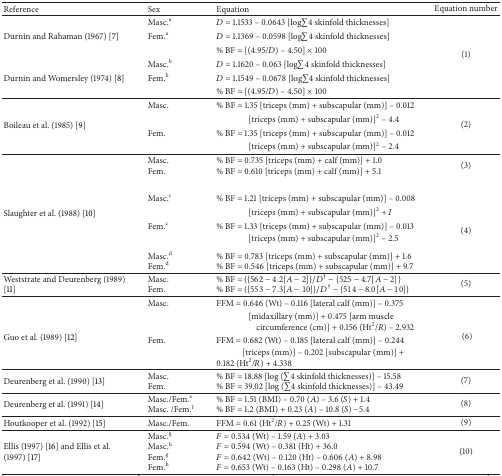
<table><thead><tr><td><b>Reference</b></td><td><b>Sex</b></td><td><b>Equation</b></td><td><b>Equation number</b></td></tr></thead><tbody><tr><td> </td><td>Masc.<sup>a</sup> </td><td><i>D</i> = 1.1533 – 0.0643 [log<i>∑</i>4 skinfold thicknesses]</td><td> </td></tr><tr><td>Durnin and Rahaman (1967) [7]</td><td>Fem.<sup>a</sup></td><td><i>D</i> = 1.1369 – 0.0598 [log<i>∑</i>4 skinfold thicknesses]</td><td> </td></tr><tr><td> </td><td> </td><td>% BF = [(4.95/<i>D</i>) – 4.50] × 100</td><td rowspan="2">(1)</td></tr><tr><td> </td><td>Masc.<sup>b</sup> </td><td><i>D</i> = 1.1620 – 0.063 [log<i>∑</i>4 skinfold thicknesses]</td></tr><tr><td>Durnin and Womersley (1974) [8]</td><td>Fem.<sup>b</sup></td><td><i>D</i> = 1.1549 – 0.0678 [log<i>∑</i>4 skinfold thicknesses]</td><td> </td></tr><tr><td> </td><td> </td><td>% BF = [(4.95/<i>D</i>) – 4.50] × 100</td><td> </td></tr><tr><td> </td><td>Masc.</td><td>% BF = 1.35 [triceps (mm) + subscapular (mm)] – 0.012 </td><td> </td></tr><tr><td rowspan="2">Boileau et al. (1985) [9]</td><td> </td><td>[triceps (mm) + subscapular (mm)]<sup>2</sup> – 4.4</td><td rowspan="2">(2)</td></tr><tr><td>Fem.</td><td>% BF = 1.35 [triceps (mm) + subscapular (mm)] – 0.012 </td></tr><tr><td> </td><td> </td><td>[triceps (mm) + subscapular (mm)]<sup>2</sup> – 2.4</td><td> </td></tr><tr><td> </td><td>Masc.Fem.</td><td>% BF = 0.735 [triceps (mm) + calf (mm)] + 1.0% BF = 0.610 [triceps (mm) + calf (mm)] + 5.1</td><td>(3)</td></tr><tr><td> </td><td>Masc.<sup>c</sup></td><td>% BF = 1.21 [triceps (mm) + subscapular (mm)] – 0.008 </td><td> </td></tr><tr><td rowspan="2">Slaughter et al. (1988) [10]</td><td> </td><td>[triceps (mm) + subscapular (mm)]<sup>2</sup> + <i>I</i></td><td> </td></tr><tr><td>Fem.<sup>c</sup></td><td>% BF = 1.33 [triceps (mm) + subscapular (mm)] – 0.013 </td><td rowspan="2">(4)</td></tr><tr><td> </td><td> </td><td>[triceps (mm) + subscapular (mm)]<sup>2</sup> – 2.5</td></tr><tr><td> </td><td>Masc.<sup>d</sup> Fem.<sup>d</sup></td><td>% BF = 0.783 [triceps (mm) + subscapular (mm)] + 1.6% BF = 0.546 [triceps (mm) + subscapular (mm)] + 9.7</td><td> </td></tr><tr><td>Weststrate and Deurenberg (1989) [11]</td><td>Masc.Fem.</td><td>% BF = ({562 − 4.2[<i>A</i> − 2]}/<i>D</i><sup>†</sup> − {525 − 4.7[<i>A</i> − 2]}% BF = ({553 − 7.3[<i>A</i> − 10]}/<i>D</i><sup>†</sup> − {514 − 8.0[<i>A</i> − 10]}</td><td>(5)</td></tr><tr><td> </td><td>Masc.</td><td>FFM = 0.646 (Wt) – 0.116 [lateral calf (mm)] – 0.375 </td><td> </td></tr><tr><td rowspan="2">Guo et al. (1989) [12]</td><td> </td><td>[midaxillary (mm)] + 0.475 [arm musclecircumference (cm)] + 0.156 (Ht<sup>2</sup>/<i>R</i>) – 2.932</td><td rowspan="2">(6)</td></tr><tr><td>Fem.</td><td>FFM = 0.682 (Wt) – 0.185 [lateral calf (mm)] – 0.244 </td></tr><tr><td> </td><td> </td><td>[triceps (mm)] – 0.202 [subscapular (mm)] + 0.182 (Ht<sup>2</sup>/<i>R</i>) + 4.338</td><td> </td></tr><tr><td>Deurenberg et al. (1990) [13]</td><td>Masc.Fem.</td><td>% BF = 18.88 [log (<i>∑</i>4 skinfold thicknesses)] – 15.58% BF = 39.02 [log (<i>∑</i>4 skinfold thicknesses)] – 43.49</td><td>(7)</td></tr><tr><td>Deurenberg et al. (1991) [14] </td><td>Masc./Fem.<sup>e</sup> Masc. /Fem.<sup>f</sup></td><td>% BF = 1.51 (BMI) – 0.70 (<i>A</i>) – 3.6 (<i>S</i>) + 1.4% BF = 1.2 (BMI) + 0.23 (<i>A</i>) – 10.8 (<i>S</i>) −5.4</td><td>(8)</td></tr><tr><td>Houtkooper et al. (1992) [15]</td><td>Masc./Fem.</td><td>FFM = 0.61 (Ht<sup>2</sup>/<i>R</i>) + 0.25 (Wt) + 1.31</td><td>(9)</td></tr><tr><td>Ellis (1997) [16] and Ellis et al. (1997) [17]</td><td>Masc.<sup>g</sup> Masc.<sup>h</sup> Fem.<sup>g</sup> Fem.<sup>h</sup></td><td><i>F</i> = 0.534 (Wt) – 1.59 (<i>A</i>) + 3.03<i>F</i> = 0.594 (Wt) – 0.381 (Ht) + 36.0<i>F</i> = 0.642 (Wt) – 0.120 (Ht) – 0.606 (<i>A</i>) + 8.98<i>F</i> = 0.653 (Wt) – 0.163 (Ht) – 0.298 (<i>A</i>) + 10.7</td><td>(10)</td></tr></tbody></table>